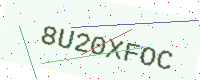
Text: 8U20XFOC